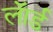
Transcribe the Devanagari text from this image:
लॅार्ड